Hæmogregarina gerbilli - Number 18
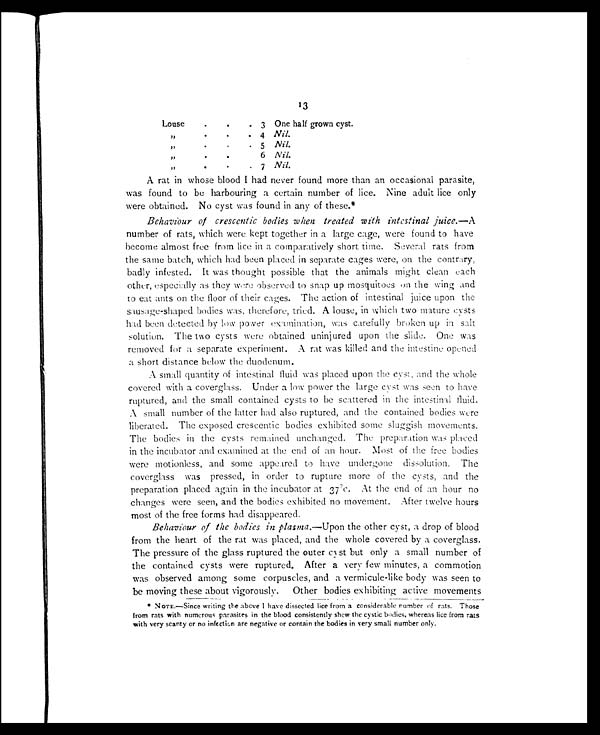
13
Louse
.
.
. 3 One half grown cyst.
"
.
.
. 4 Nil.
"
.
.
. 5 Nil.
"
.
.
. 6 Nil.
"
.
.
. 7 Nil.
A rat in whose blood I had never found more than an occasional parasite,
was found to be harbouring a certain number of lice. Nine adult lice only
were obtained. No cyst was found in any of these.*
Behaviour of crescentic bodies when treated with intestinal juice.—A
number of rats, which were kept together in a large cage, were found to have
become almost free from lice in a comparatively short time. Several rats from
the same batch, which had been placed in separate cages were, on the contrary,
badly infested. It was thought possible that the animals might clean each
other, especially as they were observed to snap up mosquitoes on the wing and
to eat ants on the floor of their cages. The action of intestinal juice upon the
sausage-shaped bodies was, therefore, tried. A louse, in which two mature cysts
had been detected by low power examination, was carefully broken up in salt
solution. The two cysts were obtained uninjured upon the slide. One was
removed for a separate experiment. A rat was killed and the intestine opened
a short distance below the duodenum.
A small quantity of intestinal fluid was placed upon the cyst, and the whole
covered with a coverglass. Under a low power the large cyst was seen to have
ruptured, and the small contained cysts to be scattered in the intestinal fluid.
A small number of the latter had also ruptured, and the contained bodies were
liberated. The exposed crescentic bodies exhibited some sluggish movements.
The bodies in the cysts remained unchanged. The preparation was placed
in the incubator and examined at the end of an hour. Most of the free bodies
were motionless, and some appeared to have undergone dissolution. The
coverglass was pressed, in order to rupture more of the cysts, and the
preparation placed again in the incubator at 37ºc. At the end of an hour no
changes were seen, and the bodies exhibited no movement. After twelve hours
most of the free forms had disappeared.
Behaviour of the bodies in plasma.—Upon the other cyst, a drop of blood
from the heart of the rat was placed, and the whole covered by a coverglass.
The pressure of the glass ruptured the outer cyst but only a small number of
the contained cysts were ruptured. After a very few minutes, a commotion
was observed among some corpuscles, and a vermicule-like body was seen to
be moving these about vigorously. Other bodies exhibiting active movements
* NOTE.—Since writing the above I have dissected lice from a considerable number of rats. Those
from rats with numerous parasites in the blood consistently shew the cystic bodies, whereas lice from rats
with very scanty or no infection are negative or contain the bodies in very small number only.